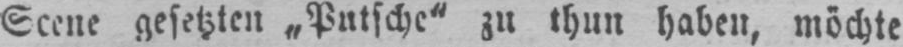
Scene gesetzten „Putsche“ zu thun haben, möchte